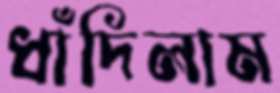
ধাঁদিলাম